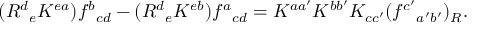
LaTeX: ( R ^ { d } { } _ { e } K ^ { e a } ) f ^ { b } { } _ { c d } - ( R ^ { d } { } _ { e } K ^ { e b } ) f ^ { a } { } _ { c d } = K ^ { a a ^ { \prime } } K ^ { b b ^ { \prime } } K _ { c c ^ { \prime } } ( f ^ { c ^ { \prime } } { } _ { a ^ { \prime } b ^ { \prime } } ) _ { R } .